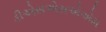
ડીએસએસએએમ